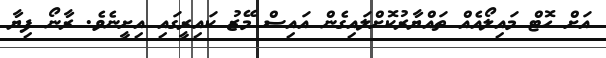
އަށް ހޮޓް މައިލޯއެއް ތައްޔާރުކޮށްލައިގެން އައިސް މޭޒު ކައިރީގައި އިށީނެވެ. ރާނޯ ފިޔާ